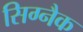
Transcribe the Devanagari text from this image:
सिग्‍नैक